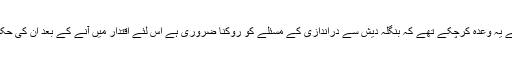
انہوں نے کہا کہ وہ ریاست میں پہلے ہی عوام سے یہ وعدہ کرچکے تھے کہ بنگلہ دیش سے دراندازی کے مسئلے کو روکنا ضروری ہے اس لئے اقتدار میں آنے کے بعد ان کی حکومت کےلئے یہ کام ترجیحی اہمیت کا حامل ہے۔